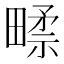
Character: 𰣑